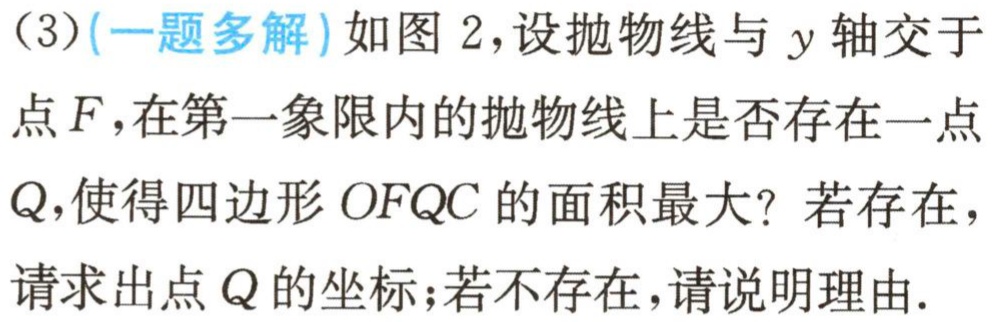
(3)(一题多解)如图2，设抛物线与\(y\)轴交于点\(F\)，在第一象限内的抛物线上是否存在一点\(Q\)，使得四边形\(OFQC\)的面积最大？若存在，请求出点\(Q\)的坐标；若不存在，请说明理由.